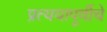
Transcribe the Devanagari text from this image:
प्रत्ययापूर्वीचे